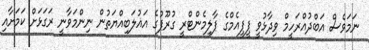
ނަމަވެސް އަބްދުއްރަހީމް ވިދާޅުވީ ޕީޕީއެމްގެ ޕާލިމެންޓްރީ ގުރޫޕުގެ އަޣުލަބިއްޔަތުން ނިންމަވާނީ ރަގަޅަށް ކަމަށާއި